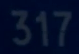
317